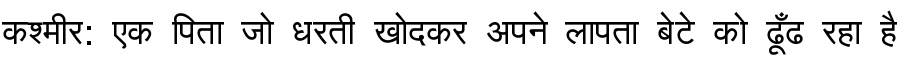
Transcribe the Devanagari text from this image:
कश्मीर: एक पिता जो धरती खोदकर अपने लापता बेटे को ढूँढ रहा है